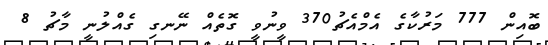
ބޮއިން 777 މަރުކާގެ އެމްއެޗު370 ވީނުވީ ގޮތެއް ނޭނގި ގެއްލުނީ މާޗު 8